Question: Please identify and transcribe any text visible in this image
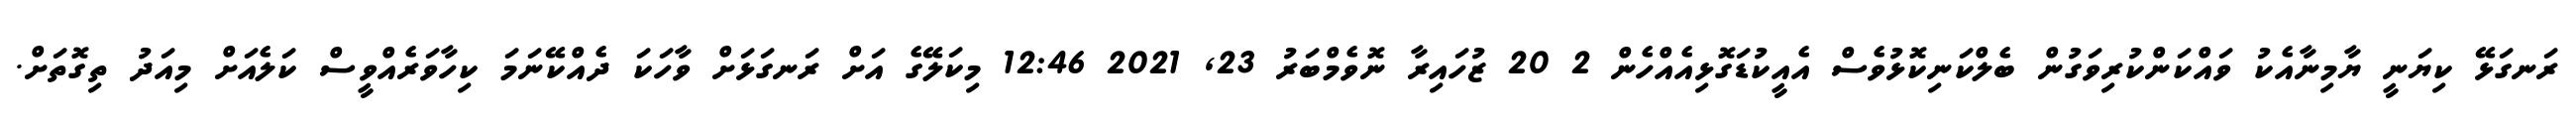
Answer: ރަނގަޅޭ ކިޔަނީ ޔާމިނާއެކު ވައްކަންކުރިވަގުން ބެލްކަނިކޮޅުވެސް އެއީކުޑަގޮޅިއެއްހެން 2 20 ޒުހައިރާ ނޮވެމްބަރު 23, 2021 12:46 މިކަލޭގެ އަށް ރަނގަޅަށް ވާހަކަ ދެއްކޭނަމަ ކިހާވަރެއްވީސް ކަލެއަށް މިއަދު ތިގޮތަށް.